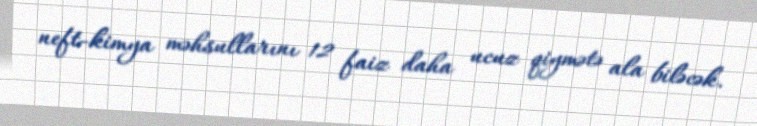
neft-kimya məhsullarını 12 faiz daha ucuz qiymətə ala biləcək.